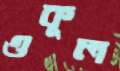
ওকূল